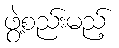
ဖွဲ့စည်းမည့်